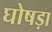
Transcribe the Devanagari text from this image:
घोषड़ा